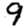
Digit: 9